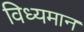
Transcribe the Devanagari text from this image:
विध्‍यमान